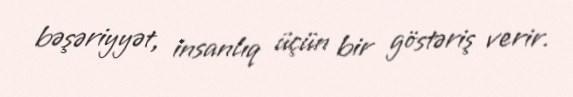
bəşəriyyət, insanlıq üçün bir göstəriş verir.